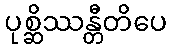
ပုစ္ဆိဿန္တီတိပေ